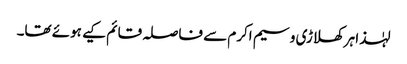
لہٰذا ہر کھلاڑی وسیم اکرم سے فاصلہ قائم کیے ہوئے تھا۔